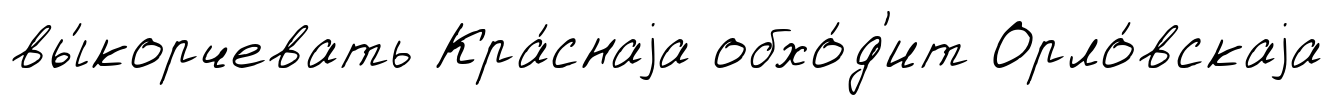
вы́корчевать Кра́снаjа обхо́д'ит Орло́вскаjа